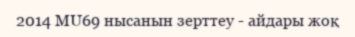
2014 MU69 нысанын зерттеу - айдары жоқ